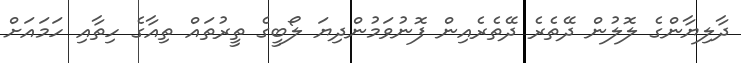
ދާލިޔާންގެ ލޮލުން ދޭތެރެ ދޭތެރެއިން ފޮނުވަމުންދިޔަ ލޯބީގެ ތީރުތައް ތިއާގެ ހިތާއި ހަމައަށް